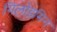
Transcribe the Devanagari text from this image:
गिलोइमिन